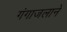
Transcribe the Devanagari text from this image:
गंगाजलाने